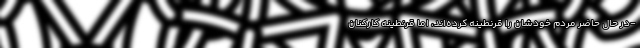
-در حال حاضر مردم خودشان را قرنطینه کرده‌اند، اما قرنطینه کارکنان